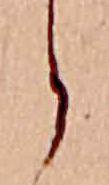
ら